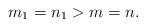
LaTeX: \begin{align*}m_1=n_1> m=n.\end{align*}